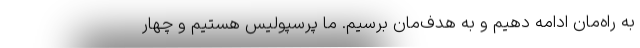
به راه‌مان ادامه دهیم و به هدف‌مان برسیم. ما پرسپولیس هستیم و چهار